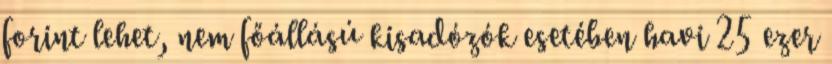
forint lehet, nem főállású kisadózók esetében havi 25 ezer